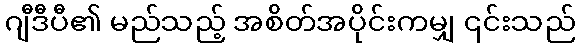
ဂျီဒီပီ၏ မည်သည့် အစိတ်အပိုင်းကမျှ ၎င်းသည်